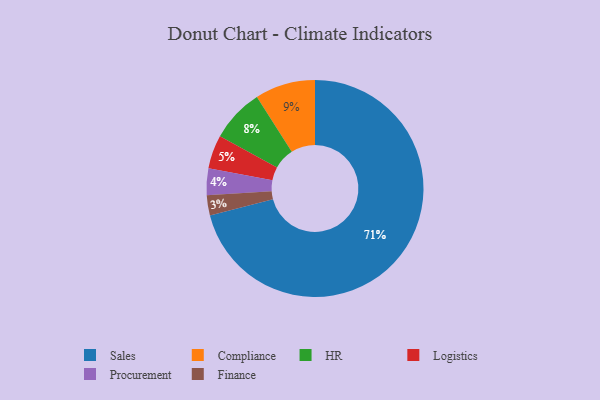
{"axis": {"x": "Category", "y": "Percentage"}, "legend": ["Compliance", "Finance", "HR", "Logistics", "Procurement", "Sales"], "data": [{"x": "Compliance", "y": 9, "type": "Compliance"}, {"x": "Procurement", "y": 4, "type": "Procurement"}, {"x": "Logistics", "y": 5, "type": "Logistics"}, {"x": "HR", "y": 8, "type": "HR"}, {"x": "Finance", "y": 3, "type": "Finance"}, {"x": "Sales", "y": 71, "type": "Sales"}]}